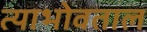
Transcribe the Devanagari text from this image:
त्याभोवताल